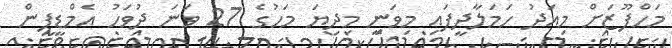
މަހްފޫޒަށް މިއަދު ހަމަލާދީފައި މިވަނީ މިދިޔަ މަހުގެ 27 ވަނަ ދުވަހު އެމްޑީޕީން